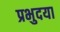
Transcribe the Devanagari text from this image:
प्रभुदया